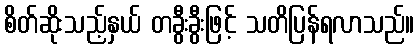
စိတ်ဆိုးသည့်နှယ် တခွီးခွီးဖြင့် သတိပြန်ရလာသည်။